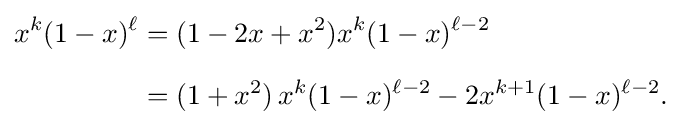
{\begin{aligned}x^{k}(1-x)^{\ell }&=(1-2x+x^{2})x^{k}(1-x)^{\ell -2}\\[6pt]&=(1+x^{2})\,x^{k}(1-x)^{\ell -2}-2x^{k+1}(1-x)^{\ell -2}.\end{aligned}}